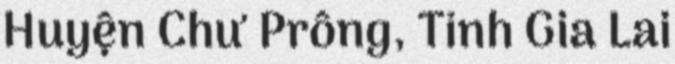
Huyện Chư Prông, Tỉnh Gia Lai